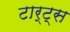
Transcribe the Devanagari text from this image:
टार्ट्‌स